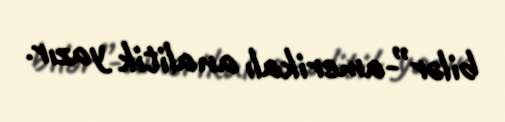
bilər”-amerikalı analitik yazır.